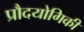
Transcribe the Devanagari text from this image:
प्रौदयोगिकी